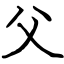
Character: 父